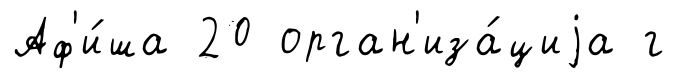
Аф'и́ша 20 орган'иза́циjа г